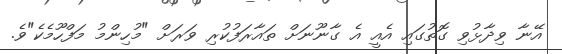
އޭނާ ވިދާޅުވި ގޮތުގައި އެއީ އެ ގާނޫނަށް ތައާރަފުކުރި ވަރަށް "މުހިންމު މަފްހޫމެކެ"ވެ.